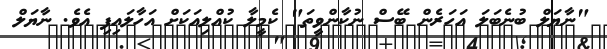
"ނާޔަލް ބުނެބަލަ އަހަރެން ބޭސް ނުކާންވީތަ" ކެމީލާ ކުއްލިއަކަށް އަހާލައިފި އެވެ. ނާޔަލް